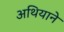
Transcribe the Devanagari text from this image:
अथियाने